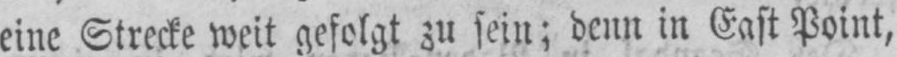
eine Strecke weit gefolgt zu sein; denn in East Point,